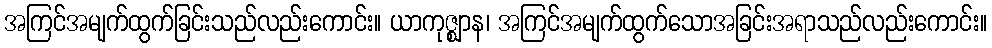
အကြင်အမျက်ထွက်ခြင်းသည်လည်းကောင်း။ ယာကုဇ္ဈာန၊ အကြင်အမျက်ထွက်သောအခြင်းအရာသည်လည်းကောင်း။